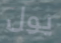
يول